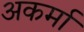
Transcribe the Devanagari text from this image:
अकर्मा